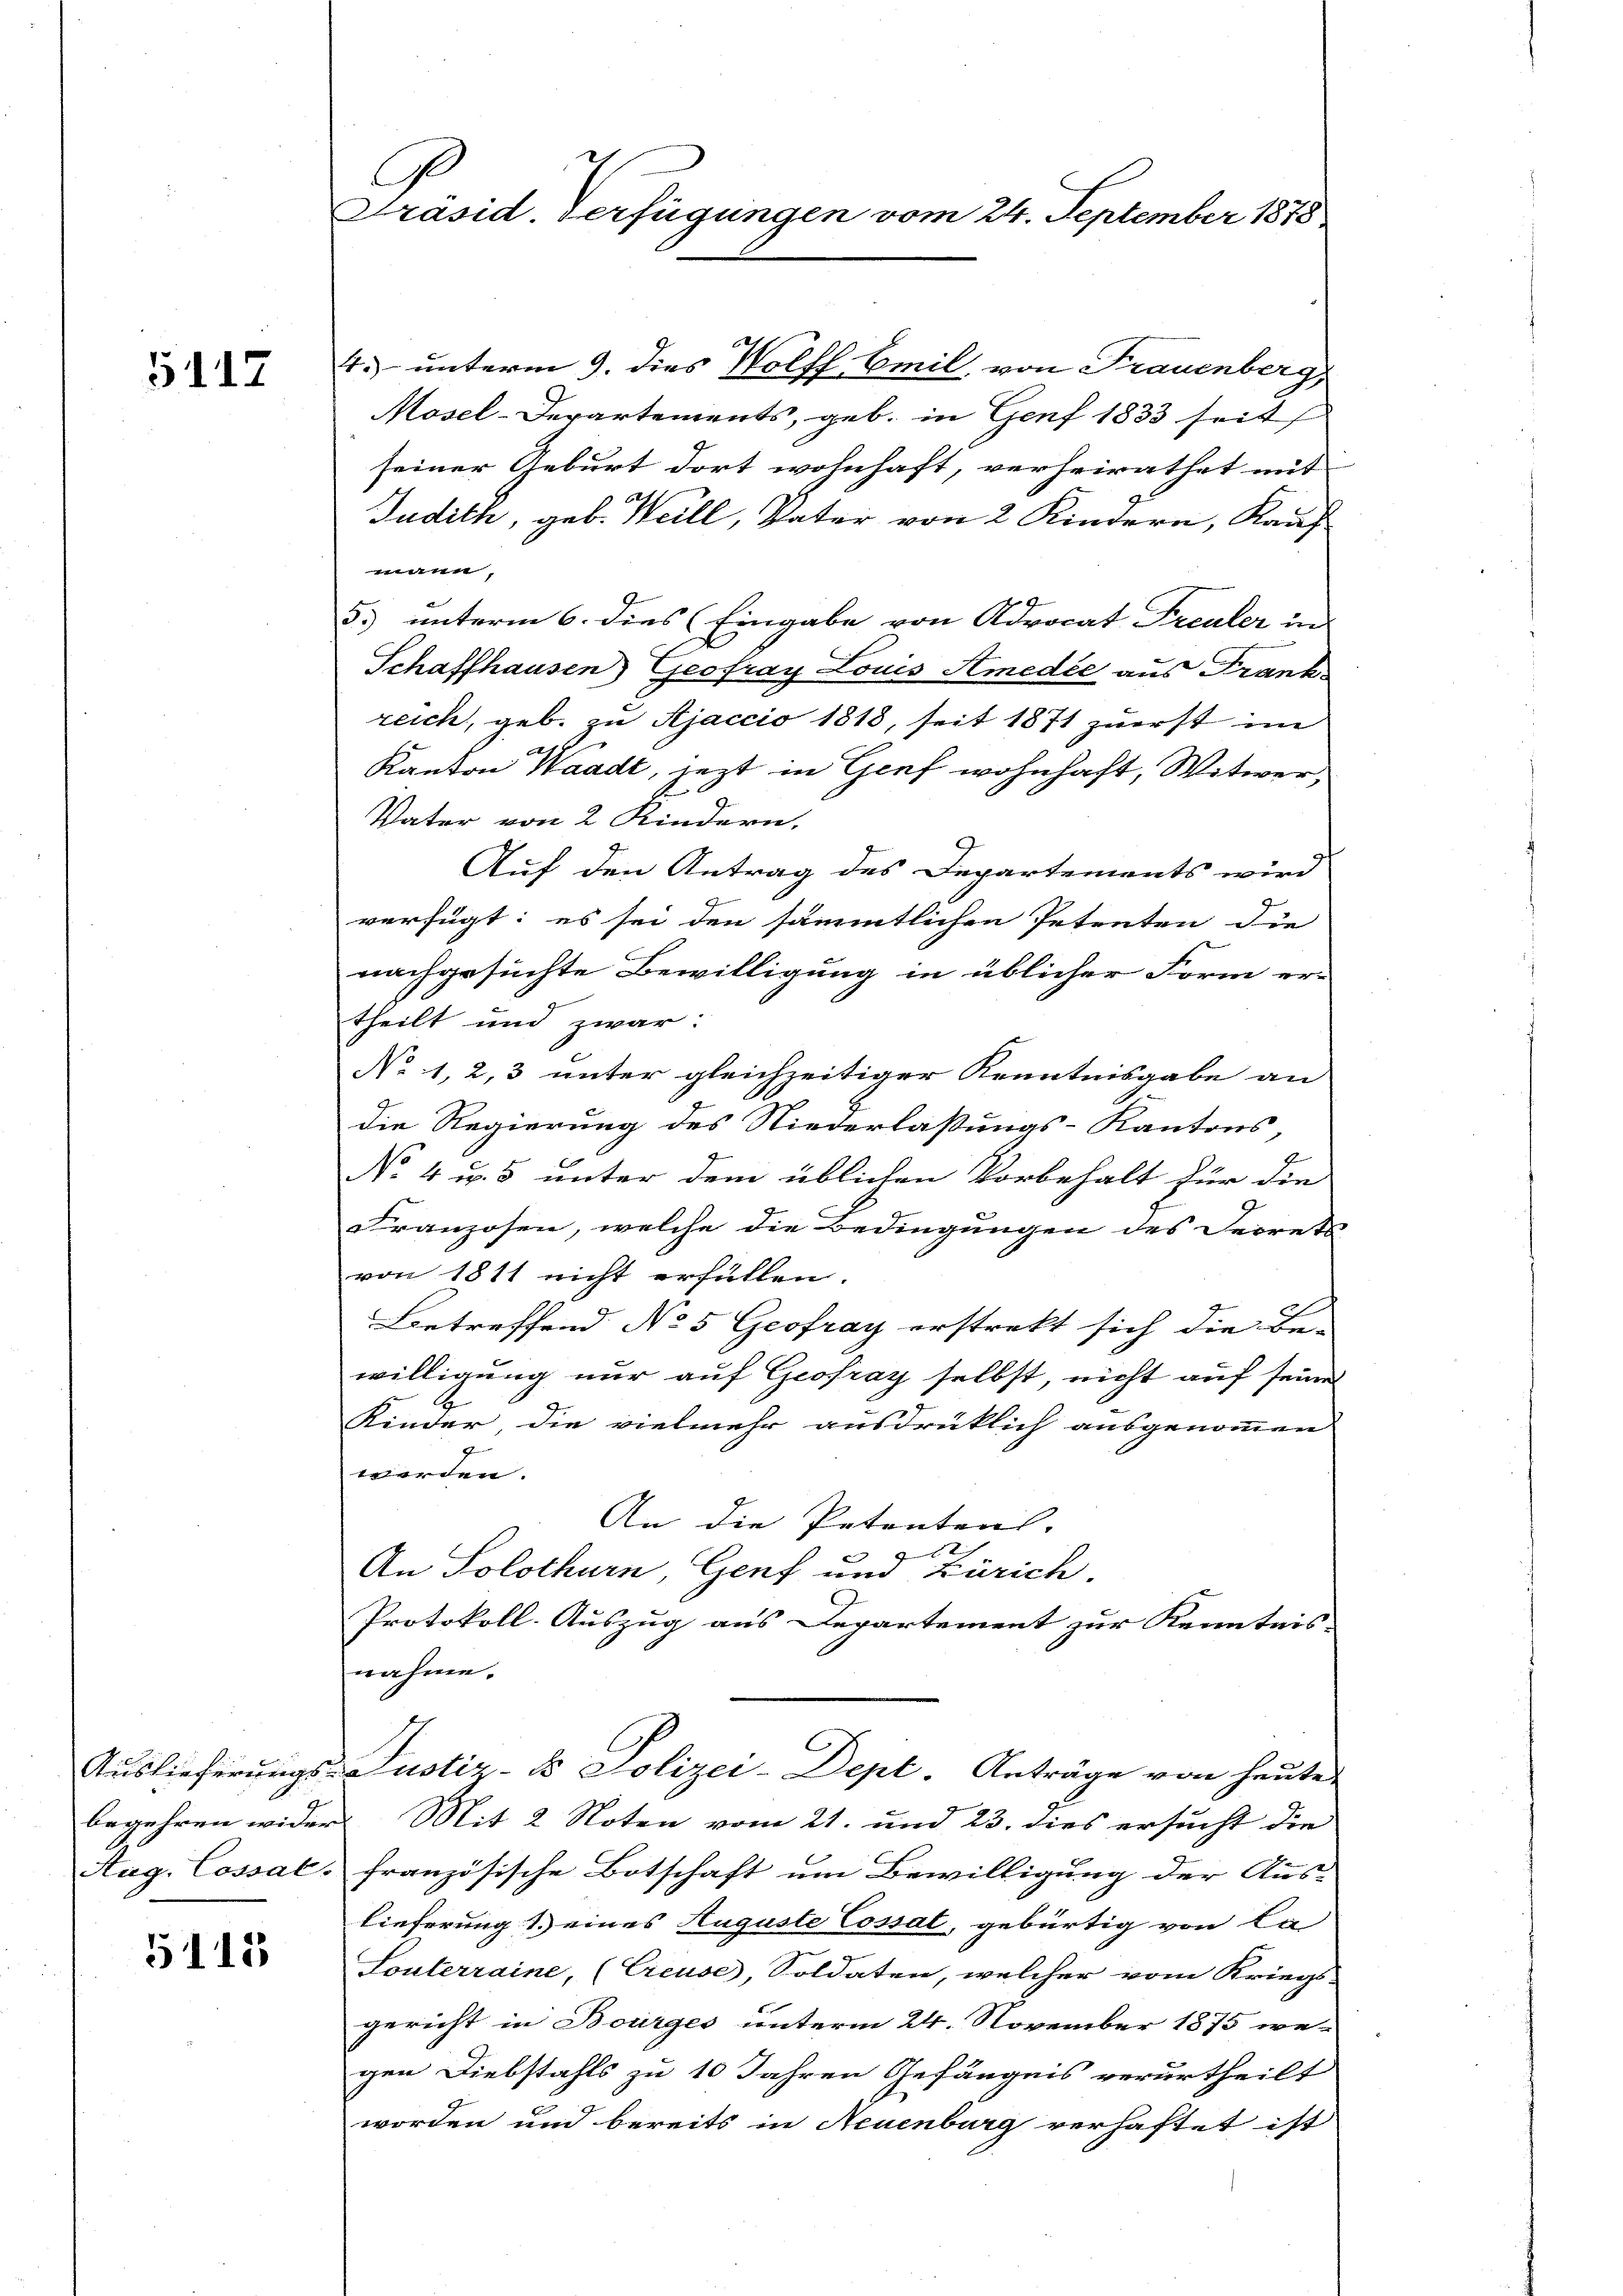
5117

5113

G.
Präsid. Verfügungen vom 24. September 1878

4.) unterm 9. dies Wolff Emil, von Frauenberg,
Mosel-Departements, geb. in Genf 1833 seit
seiner Geburt dort wohnhaft, verheirathet mit
Judich, geb. Weill, Vater von 2 Kindern, Kauf
mann.
5.) unterm 6. dies (Eingabe von Advocat Treuler in
Schaffhausen) Geofray Louis Amedée aus Frank
reich, geb. zu Ajaccio 1818, seit 1871 zuerst im
Kanton Waadt, jezt in Genf wohnhaft, Witwer,
Vater von 2 Kindern.
Auf den Antrag des Departements wird
verfügt: es sei den sämmtlichen Petenten die
nachgesuchte Bewilligung in üblicher Form er-
theilt und zwar:
No 1, 2, 3 unter gleichzeitiger Kenntnisgabe an
die Regierung des Niederlaßungs-Kantons,
No 4 u. 5 unter dem üblichen Vorbehalt für die
Franzosen, welche die Bedingungen des Secrets
von 1811 nicht erfüllen.
Betreffend No 5 Geofray erstrekt sich die Be-
willigung nur auf Geofray selbst, nicht auf seine
Kinder, die vielmehr ausdrücklich ausgenommen
werden.
An die Petenten.
t
An Solothurn, Genf und Zürich.
Protokoll-Auszug aus Departement zur Kenntnis-
nahme.
Auslieferungs- Justiz- & Polizei-Dept. Anträge von heute
begehren wider Mit 2 Noten vom 21. und 23. dies ersucht die
Aug. Cossals französische Botschaft um Bewilligung der Aus-
lieferung 1.) eines Auguste Cossal, gebürtig von La
Souterraine, (Creuse, Soldaten, welcher vom Kriegs-
gericht in Bourges unterm 24. November 1875 we-
gen Diebstahls zu 10 Jahren Gefängnis verurtheilt
worden und bereits in Neuenburg verhaftet ist